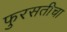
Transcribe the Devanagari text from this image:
फुरसतीचा